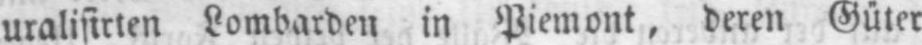
utalisirten Lombarden in Piemont, deren Güter